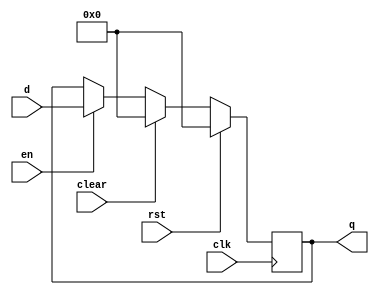
`timescale 1ns / 1ps
//////////////////////////////////////////////////////////////////////////////////
// Company: 
// Engineer: 
// 
// Design Name: 
// Module Name: flopenrc
// Project Name: 
// Target Devices: 
// Tool Versions: 
// Description: 
// 
// Dependencies: 
// 
// Revision:
// Revision 0.01 - File Created
// Additional Comments:
// 
//////////////////////////////////////////////////////////////////////////////////

module flopenrc #(parameter WIDTH = 8)
                 (input wire clk,
                  rst,
                  en,
                  clear,
                  input wire [WIDTH -1:0] d,
                  output reg [WIDTH -1:0] q);
    
    always @(posedge clk) begin
        if (rst) begin
            q <= 0;
        end else if (clear) begin
            q <= 0;
        end else if (en) begin
            /* code */
            q <= d;
        end
    end

endmodule